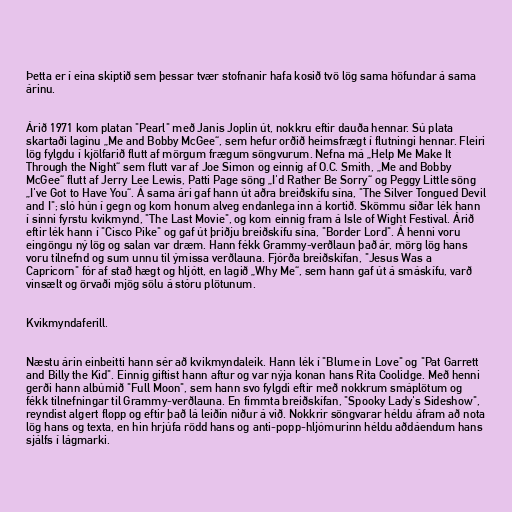
Þetta er í eina skiptið sem þessar tvær stofnanir hafa kosið tvö lög sama höfundar á sama
árinu.

Árið 1971 kom platan "Pearl" með Janis Joplin út, nokkru eftir dauða hennar. Sú plata
skartaði laginu „Me and Bobby McGee“, sem hefur orðið heimsfrægt í flutningi hennar. Fleiri
lög fylgdu í kjölfarið flutt af mörgum frægum söngvurum. Nefna má „Help Me Make It
Through the Night“ sem flutt var af Joe Simon og einnig af O.C. Smith, „Me and Bobby
McGee“ flutt af Jerry Lee Lewis, Patti Page söng „I'd Rather Be Sorry“ og Peggy Little söng
„I've Got to Have You“. Á sama ári gaf hann út aðra breiðskífu sína, "The Silver Tongued Devil
and I"; sló hún í gegn og kom honum alveg endanlega inn á kortið. Skömmu síðar lék hann
í sinni fyrstu kvikmynd, "The Last Movie", og kom einnig fram á Isle of Wight Festival. Árið
eftir lék hann í "Cisco Pike" og gaf út þriðju breiðskífu sína, "Border Lord". Á henni voru
eingöngu ný lög og salan var dræm. Hann fékk Grammy-verðlaun það ár, mörg lög hans
voru tilnefnd og sum unnu til ýmissa verðlauna. Fjórða breiðskífan, "Jesus Was a
Capricorn" fór af stað hægt og hljótt, en lagið „Why Me“, sem hann gaf út á smáskífu, varð
vinsælt og örvaði mjög sölu á stóru plötunum.

Kvikmyndaferill.

Næstu árin einbeitti hann sér að kvikmyndaleik. Hann lék í "Blume in Love" og "Pat Garrett
and Billy the Kid". Einnig giftist hann aftur og var nýja konan hans Rita Coolidge. Með henni
gerði hann albúmið "Full Moon", sem hann svo fylgdi eftir með nokkrum smáplötum og
fékk tilnefningar til Grammy-verðlauna. En fimmta breiðskífan, "Spooky Lady's Sideshow",
reyndist algert flopp og eftir það lá leiðin niður á við. Nokkrir söngvarar héldu áfram að nota
lög hans og texta, en hin hrjúfa rödd hans og anti-popp-hljómurinn héldu aðdáendum hans
sjálfs í lágmarki.